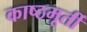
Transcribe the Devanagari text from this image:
काष्ठमूर्ती